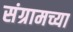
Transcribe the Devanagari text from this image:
संग्रामच्या